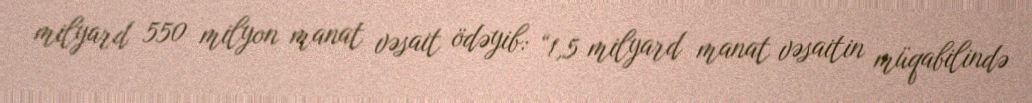
milyard 550 milyon manat vəsait ödəyib: “1,5 milyard manat vəsaitin müqabilində